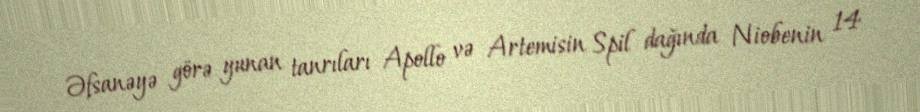
Əfsanəyə görə yunan tanrıları Apollo və Artemisin Spil dağında Niobenin 14